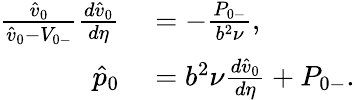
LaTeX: \begin{array}{rl}{\frac{\hat{v}_{0}}{\hat{v}_{0}-{V}_{0-}}\frac{d\hat{v}_{0}}{d\eta}}&{{}=-\frac{{P}_{0-}}{b^{2}\nu},}\\ {\hat{p}_{0}}&{{}=b^{2}\nu\frac{d\hat{v}_{0}}{d\eta}+{P}_{0-}.}\end{array}